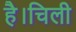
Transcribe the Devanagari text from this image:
है।चिली